Vaccination North-Western Provinces and Oudh 1878-1895 - 1878-1895
Year: 1878
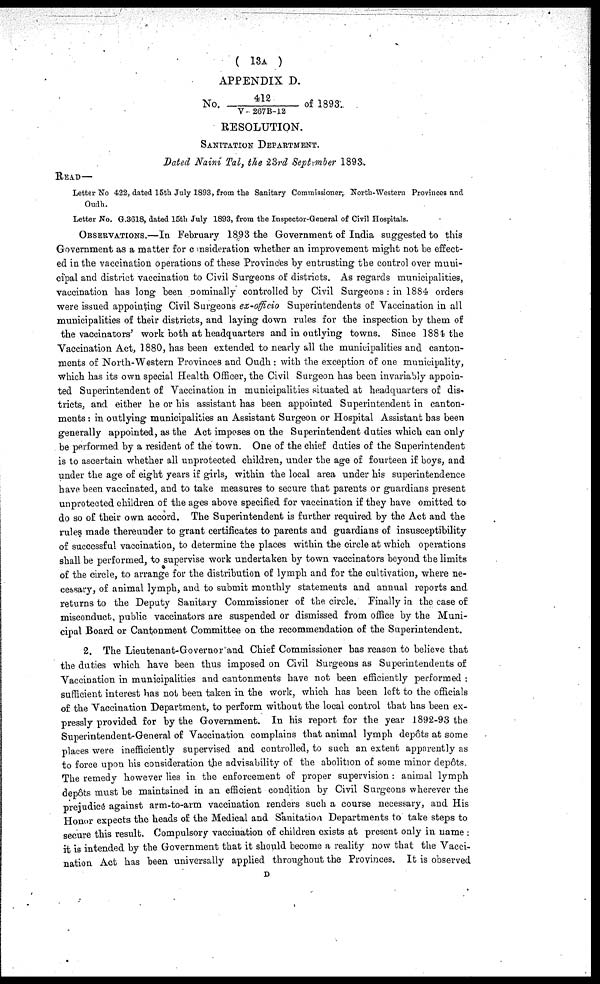
( 13A )
APPENDIX D.
No. 412 / V 267B-12 of 1893.
RESOLUTION.
SANITATION DEPARTMENT.
Dated Naini Tal, the 23rd September 1893.
READ—
Letter No 422, dated 15th July 1893, from the Sanitary Commissioner; North-Western Provinces and
Oudh.
Letter No. G.3618, dated 15th July 1893, from the Inspector-General of Civil Hospitals.
OBSERVATIONS.—In February 1893 the Government of India suggested to this
Government as a matter for consideration whether an improvement might not be effect-
ed in the vaccination operations of these Provinces by entrusting the control over muni-
cipal and district vaccination to Civil Surgeons of districts. As regards municipalities,
vaccination has long been nominally controlled by Civil Surgeons : in 1884 orders
were issued appointing Civil Surgeons ex-officio Superintendents of Vaccination in all
municipalities of their districts, and laying down rules for the inspection by them of
the vaccinators' work both at headquarters and in outlying towns. Since 1884 the
Vaccination Act, 1880, has been extended to nearly all the municipalities and canton-
ments of North-Western Provinces and Oudh: with the exception of one municipality,
which has its own special Health Officer, the Civil Surgeon has been invariably appoin-
ted Superintendent of Vaccination in municipalities situated at headquarters of dis-
tricts, and either he or his assistant has been appointed Superintendent in canton-
ments : in outlying municipalities an Assistant Surgeon or Hospital Assistant has been
generally appointed, as the Act imposes on the Superintendent duties which can only
be performed by a resident of the town. One of the chief duties of the Superintendent
is to ascertain whether all unprotected children, under the age of fourteen if boys, and
under the age of eight years if girls, within the local area under his superintendence
have been vaccinated, and to take measures to secure that parents or guardians present
unprotected children of the ages above specified for vaccination if they have omitted to
do so of their own accord. The Superintendent is further required by the Act and the
rules made thereunder to grant certificates to parents and guardians of insusceptibility
of successful vaccination, to determine the places within the circle at which operations
shall be performed, to supervise work undertaken by town vaccinators beyond the limits
of the circle, to arrange for the distribution of lymph and for the cultivation, where ne-
cessary, of animal lymph, and to submit monthly statements and annual reports and
returns to the Deputy Sanitary Commissioner of the circle. Finally in the case of
misconduct, public vaccinators are suspended or dismissed from office by the Muni-
cipal Board or Cantonment Committee on the recommendation of the Superintendent.
2. The Lieutenant-Governor and Chief Commissioner has reason to believe that
the duties which have been thus imposed on Civil Surgeons as Superintendents of
Vaccination in municipalities and cantonments have not been efficiently performed :
sufficient interest has not been taken in the work, which has been left to the officials
of the Vaccination Department, to perform without the local control that has been ex-
pressly provided for by the Government. In his report for the year 1892-93 the
Superintendent-General of Vaccination complains that animal lymph depôts at some
places were inefficiently supervised and controlled, to such an extent apparently as
to force upon his consideration the advisability of the abolition of some minor depôts.
The remedy however lies in the enforcement of proper supervision : animal lymph
depôts must be maintained in an efficient condition by Civil Surgeons wherever the
prejudice against arm-to-arm vaccination renders such a course necessary, and His
Honor expects the heads of the Medical and Sanitation Departments to take steps to
secure this result. Compulsory vaccination of children exists at present only in name :
it is intended by the Government that it should become a reality now that the Vacci-
nation Act has been universally applied throughout the Provinces. It is observed
D